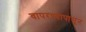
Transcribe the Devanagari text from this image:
वापरण्यापासून